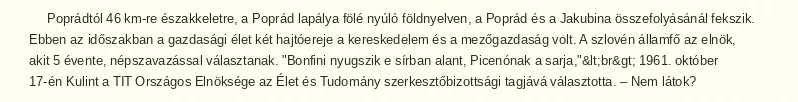
Poprádtól 46 km-re északkeletre, a Poprád lapálya fölé nyúló földnyelven, a Poprád és a Jakubina összefolyásánál fekszik. Ebben az időszakban a gazdasági élet két hajtóereje a kereskedelem és a mezőgazdaság volt. A szlovén államfő az elnök, akit 5 évente, népszavazással választanak. "Bonfini nyugszik e sírban alant, Picenónak a sarja,"&lt;br&gt; 1961. október 17-én Kulint a TIT Országos Elnöksége az Élet és Tudomány szerkesztőbizottsági tagjává választotta. – Nem látok?